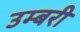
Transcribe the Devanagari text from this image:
उम्बरी